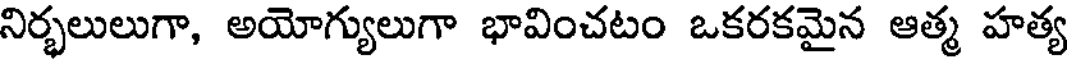
నిర్భలులుగా, అయోగ్యులుగా భావించటం ఒకరకమైన ఆత్మ హత్య